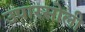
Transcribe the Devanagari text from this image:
उपारसोली